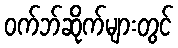
ဝက်ဘ်ဆိုက်များတွင်